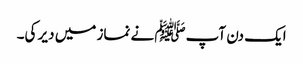
ایک دن آپﷺ نے نماز میں دیر کی۔